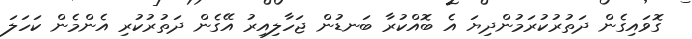
ގޮވައިގެން ދަތުރުކުރަމުންދިޔަ އެ ބޮއްކުރާ ބަނޑުން ޖަހާލިިއިރު އޭގެން ދަތުރުކުރި އެންމެން ކަހަލަ